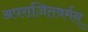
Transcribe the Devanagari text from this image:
अपराजितवर्मन्